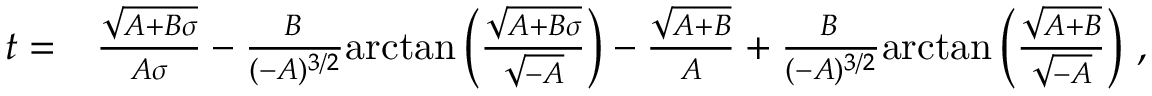
\begin{array} { r l } { t = } & { \frac { \sqrt { A + B \sigma } } { A \sigma } - \frac { B \, } { ( - A ) ^ { 3 / 2 } } \mathrm { a r c t a n } \left( \frac { \sqrt { A + B \sigma } } { \sqrt { - A } } \right) - \frac { \sqrt { A + B } } { A } + \frac { B \, } { ( - A ) ^ { 3 / 2 } } \mathrm { a r c t a n } \left( \frac { \sqrt { A + B } } { \sqrt { - A } } \right) \, , } \end{array}